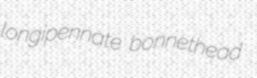
longipennate bonnethead